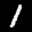
Label: 1